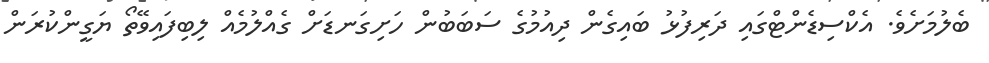
ބެލުމަށެވެ. އެކްސިޑެންޓްގައި ދަރިފުޅު ބައިގެން ދިއުމުގެ ސަބަބުން ހަށިގަނޑަށް ގެއްލުމެއް ލިބިފައިވޭތޯ ޔަގީންކުރަން